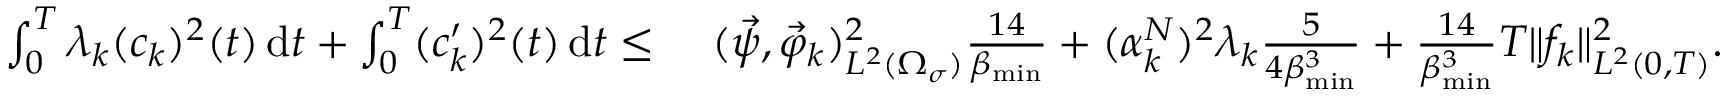
\begin{array} { r l } { \int _ { 0 } ^ { T } \lambda _ { k } ( c _ { k } ) ^ { 2 } ( t ) \, \mathrm d t + \int _ { 0 } ^ { T } ( c _ { k } ^ { \prime } ) ^ { 2 } ( t ) \, \mathrm d t \leq \ } & { ( \vec { \psi } , \vec { \varphi } _ { k } ) _ { L ^ { 2 } ( \Omega _ { \sigma } ) } ^ { 2 } \frac { 1 4 } { \beta _ { \operatorname* { m i n } } } + ( \alpha _ { k } ^ { N } ) ^ { 2 } \lambda _ { k } \frac { 5 } { 4 \beta _ { \operatorname* { m i n } } ^ { 3 } } + \frac { 1 4 } { \beta _ { \operatorname* { m i n } } ^ { 3 } } T \| f _ { k } \| _ { L ^ { 2 } ( 0 , T ) } ^ { 2 } . } \end{array}